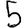
Digit: 5